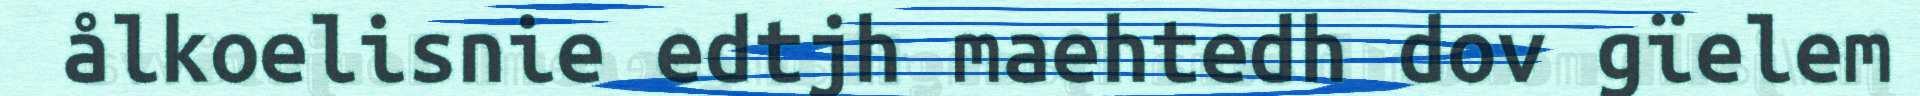
ålkoelisnie edtjh maehtedh dov gïelem